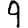
Digit: 9